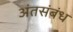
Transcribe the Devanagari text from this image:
अंतसंबंध